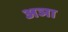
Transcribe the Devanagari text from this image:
अञा